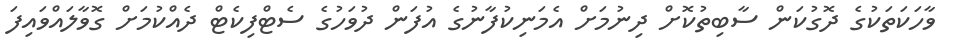
ވާހަކަތަކުގެ ދޮގުކަން ސާބިތުކޮށް ދިނުމަށް އެމަނިކުފާނުގެ އުފަން ދުވަހުގެ ސެޓްފިކެޓް ދެއްކުމަށް ގޮވާލައްވައިފަ